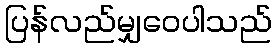
ပြန်လည်မျှဝေပါသည်